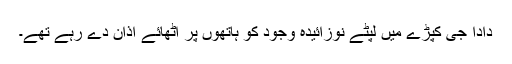
دادا جی کپڑے میں لپٹے نوزائیدہ وجود کو ہاتھوں پر اٹھائے اذان دے رہے تھے۔